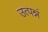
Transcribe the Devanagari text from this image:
उत्पन्नं